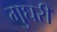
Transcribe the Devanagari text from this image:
गुघरी